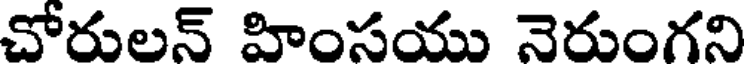
చోరులన్ హింసయు నెరుంగని